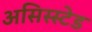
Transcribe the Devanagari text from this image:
असिस्स्टेड